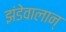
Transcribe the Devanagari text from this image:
झंडेवालान्